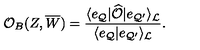
{ \cal O } _ { B } ( Z , \overline { { W } } ) = { \frac { \langle e _ { { \cal Q } } | \widehat { \cal O } | e _ { { \cal Q } ^ { \prime } } \rangle _ { \cal L } } { \langle e _ { { \cal Q } } | e _ { { \cal Q } ^ { \prime } } \rangle _ { \cal L } } } .